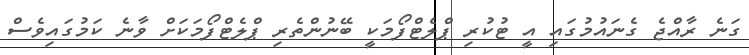
ގަނެ ރާއްޖެ ގެނައުމުގައި އީ ޓުކުރި ޕްލެޓްފޯމަކީ ބޭނުންތެރި ޕްލެޓްފޯމަކަށް ވާނެ ކަމުގައިވެސް